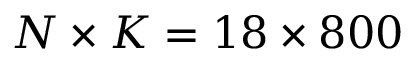
N \times K = 1 8 \times 8 0 0